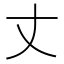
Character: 丈